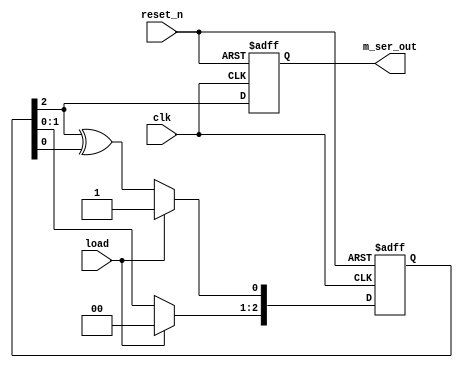
module m_ser(clk,reset_n,load,m_ser_out);
  input clk;
  input reset_n;
  input load;
  output m_ser_out;
  wire clk;
  wire reset_n;
  wire load;
  reg m_ser_out;
  reg[2:0] m_code;
  always@(posedge clk or negedge reset_n)
  begin
    if(!reset_n)
      begin
        m_code<=3'b000;
        m_ser_out<=1'b0;
      end
    else
      if(load)
        begin
          m_code<=3'b001;//?????
          m_ser_out<=m_code[2];
        end
      else
        begin
          m_code[2:1]<=m_code[1:0];
          m_code[0]<=m_code[2]^ m_code[0];//?2?0????????0
          m_ser_out<=m_code[2];
        end
  end
endmodule